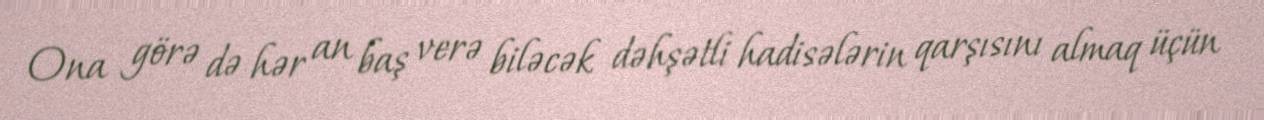
Ona görə də hər an baş verə biləcək dəhşətli hadisələrin qarşısını almaq üçün